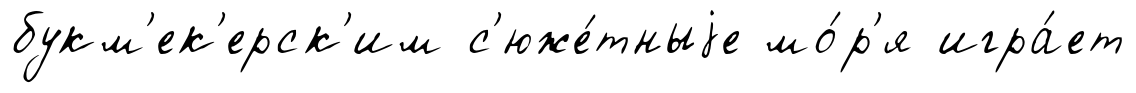
букм'ек'ерск'им с'юже́тныjе мо́р'я игра́ет